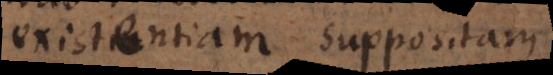
existentiam suppositam.